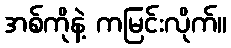
အစ်ကိုနဲ့ ကမြင်းလိုက်။